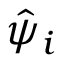
\hat { \psi } _ { i }